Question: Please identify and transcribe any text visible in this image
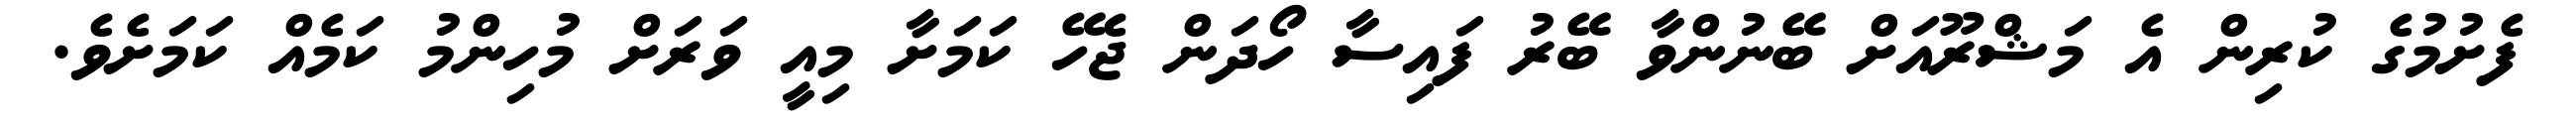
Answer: ފެށުމުގެ ކުރިން އެ މަޝްރޫއަށް ބޭނުންވާ ބޭރު ފައިސާ ހޯދަން ޖެހޭ ކަމަށާ މިއީ ވަރަށް މުހިންމު ކަމެއް ކަމަށެވެ.